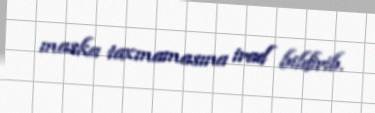
maska taxmamasına irad bildirib.